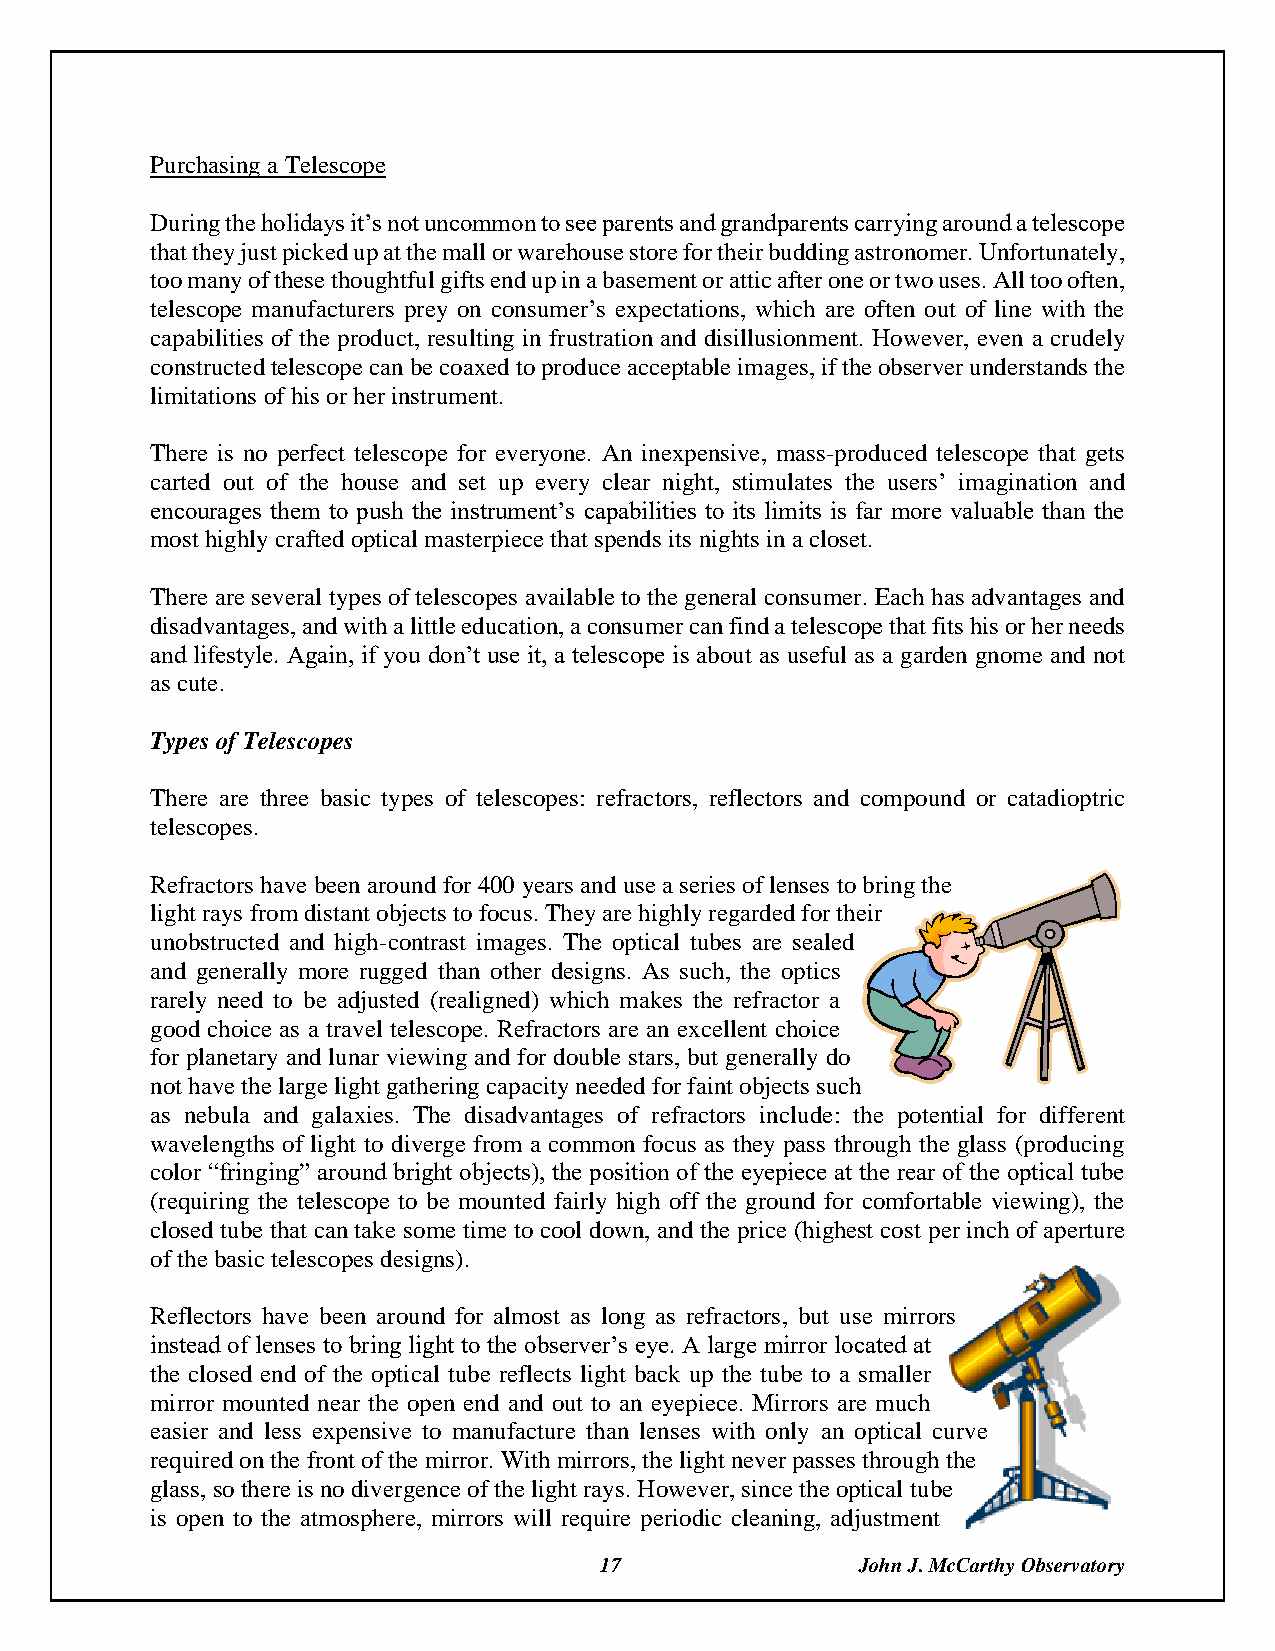
Purchasing a Telescope
 During the holidays it’s not uncommon to see parents and grandparents carrying around a telescope
 that they just picked up at the mall or warehouse store for their budding astronomer. Unfortunately,
 too many of these thoughtful gifts end up in a basement or attic after one or two uses. All too often,
 telescope manufacturers prey on consumer’s expectations, which are often out of line with the
 capabilities of the product, resulting in frustration and disillusionment. However, even a crudely
 constructed telescope can be coaxed to produce acceptable images, if the observer understands the
 limitations of his or her instrument.
 There is no perfect telescope for everyone. An inexpensive, mass-produced telescope that gets
 carted out of the house and set up every clear night, stimulates the users’ imagination and
 encourages them to push the instrument’s capabilities to its limits is far more valuable than the
 most highly crafted optical masterpiece that spends its nights in a closet.
 There are several types of telescopes available to the general consumer. Each has advantages and
 disadvantages, and with a little education, a consumer can find a telescope that fits his or her needs
 and lifestyle. Again, if you don’t use it, a telescope is about as useful as a garden gnome and not
 as cute.
 Types of Telescopes
 There are three basic types of telescopes: refractors, reflectors and compound or catadioptric
 telescopes.
 Refractors have been around for 400 years and use a series of lenses to bring the
 light rays from distant objects to focus. They are highly regarded for their
 unobstructed and high-contrast images. The optical tubes are sealed
 and generally more rugged than other designs. As such, the optics
 rarely need to be adjusted (realigned) which makes the refractor a
 good choice as a travel telescope. Refractors are an excellent choice
 for planetary and lunar viewing and for double stars, but generally do
 not have the large light gathering capacity needed for faint objects such
 as nebula and galaxies. The disadvantages of refractors include: the potential for different
 wavelengths of light to diverge from a common focus as they pass through the glass (producing
 color “fringing” around bright objects), the position of the eyepiece at the rear of the optical tube
 (requiring the telescope to be mounted fairly high off the ground for comfortable viewing), the
 closed tube that can take some time to cool down, and the price (highest cost per inch of aperture
 of the basic telescopes designs).
 Reflectors have been around for almost as long as refractors, but use mirrors
 instead of lenses to bring light to the observer’s eye. A large mirror located at
 the closed end of the optical tube reflects light back up the tube to a smaller
 mirror mounted near the open end and out to an eyepiece. Mirrors are much
 easier and less expensive to manufacture than lenses with only an optical curve
 required on the front of the mirror. With mirrors, the light never passes through the
 glass, so there is no divergence of the light rays. However, since the optical tube
 is open to the atmosphere, mirrors will require periodic cleaning, adjustment
 17               John J. McCarthy Observatory